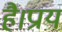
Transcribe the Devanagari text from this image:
है।प्राय